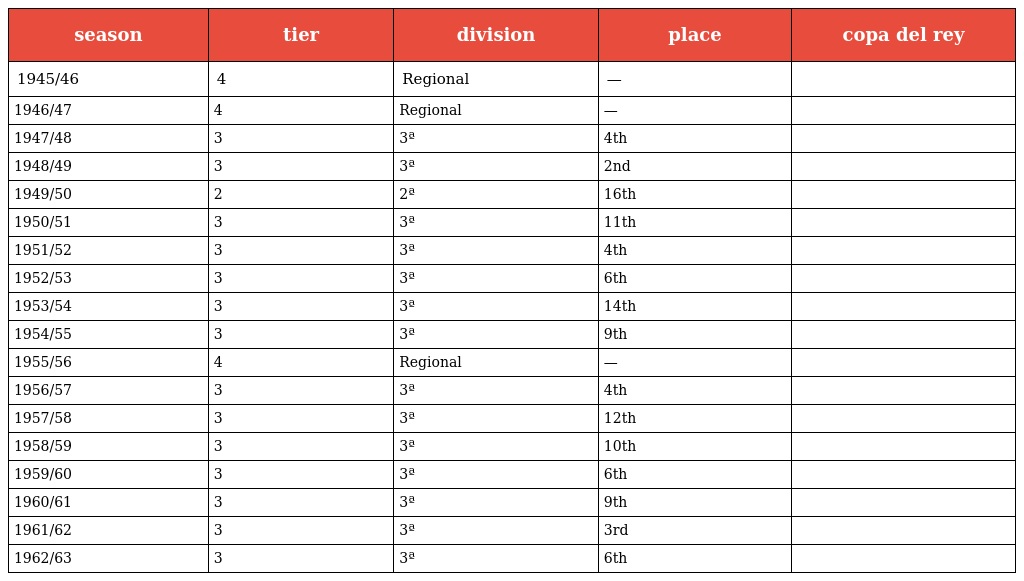
| season | tier | division | place | copa del rey |
 | --- | --- | --- | --- | --- |
 | 1945/46 | 4 | Regional | — |  |
 | 1946/47 | 4 | Regional | — |  |
 | 1947/48 | 3 | 3ª | 4th |  |
 | 1948/49 | 3 | 3ª | 2nd |  |
 | 1949/50 | 2 | 2ª | 16th |  |
 | 1950/51 | 3 | 3ª | 11th |  |
 | 1951/52 | 3 | 3ª | 4th |  |
 | 1952/53 | 3 | 3ª | 6th |  |
 | 1953/54 | 3 | 3ª | 14th |  |
 | 1954/55 | 3 | 3ª | 9th |  |
 | 1955/56 | 4 | Regional | — |  |
 | 1956/57 | 3 | 3ª | 4th |  |
 | 1957/58 | 3 | 3ª | 12th |  |
 | 1958/59 | 3 | 3ª | 10th |  |
 | 1959/60 | 3 | 3ª | 6th |  |
 | 1960/61 | 3 | 3ª | 9th |  |
 | 1961/62 | 3 | 3ª | 3rd |  |
 | 1962/63 | 3 | 3ª | 6th |  |